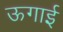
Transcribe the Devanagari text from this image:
ऊगाई